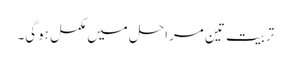
تربیت تین مراحل میں مکمل ہوگی۔